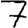
Digit: 7